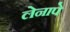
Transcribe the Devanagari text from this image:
लेनापे